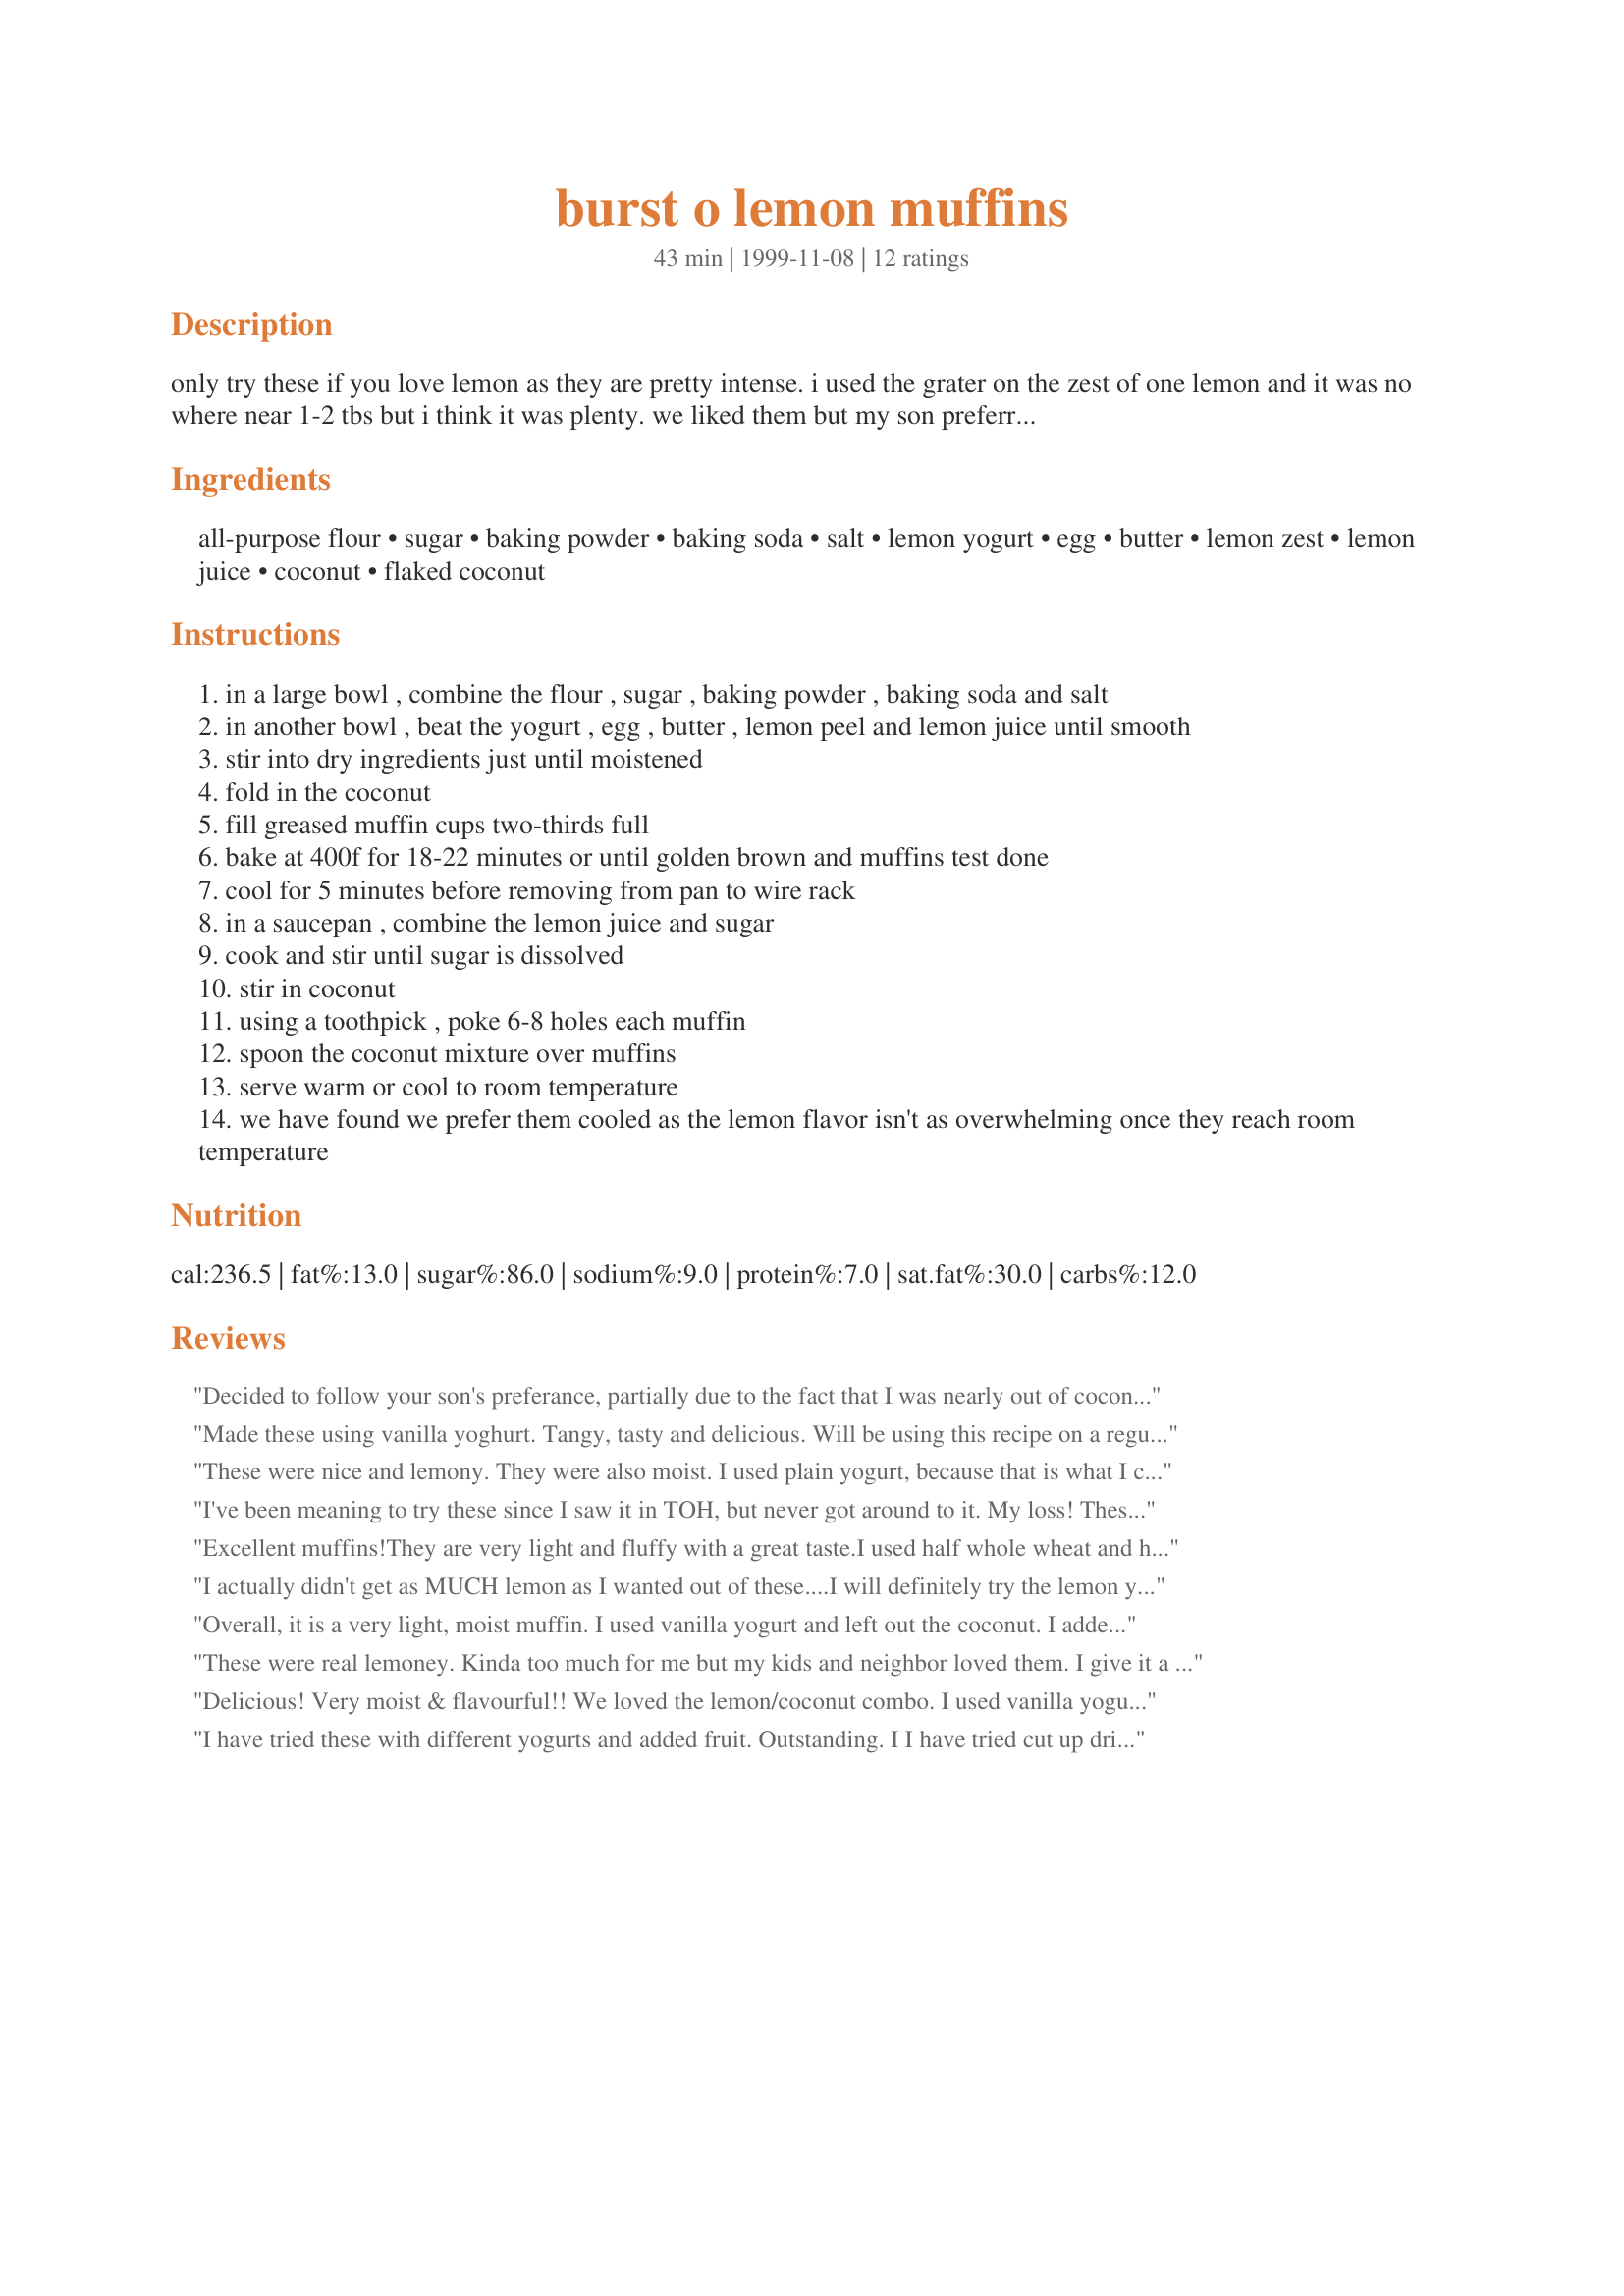
burst o lemon muffins
Preparation time: 43 minutes

only try these if you love lemon as they are pretty intense. i used the grater on the zest of one lemon and it was no where near 1-2 tbs but i think it was plenty. we liked them but my son preferred his without the glaze.
i'd like to try the glaze with confectioners sugar and try the muffins with vanilla yogurt some time.

Ingredients:
all-purpose flour, sugar, baking powder, baking soda, salt, lemon yogurt, egg, butter, lemon zest, lemon juice, coconut, flaked coconut

Steps:
in a large bowl , combine the flour , sugar , baking powder , baking soda and salt
in another bowl , beat the yogurt , egg , butter , lemon peel and lemon juice until smooth
stir into dry ingredients just until moistened
fold in the coconut
fill greased muffin cups two-thirds full
bake at 400f for 18-22 minutes or until golden brown and muffins test done
cool for 5 minutes before removing from pan to wire rack
in a saucepan , combine the lemon juice and sugar
cook and stir until sugar is dissolved
stir in coconut
using a toothpick , poke 6-8 holes each muffin
spoon the coconut mixture over muffins
serve warm or cool to room temperature
we have found we prefer them cooled as the lemon flavor isn't as overwhelming once they reach room temperature

Reviews:
Decided to follow your son's preferance, partially due to the fact that I was nearly out of coconut, and left off the glaze on these. Still turned out great and quite lemony! Followed the recipe, with a few subs- used whole wheat pastry flour for the flour and buttermilk rather than yogurt. Turned out great and moist. Lovely lemony flavor- I really enjoyed the texture of the coconut and I really felt that it absorbed the lemon flavor very well. Very tender... all around a great muffin! Thanks, Marj! :)
Made these using vanilla yoghurt. Tangy, tasty and delicious. Will be using this recipe on a regular basis.
These were nice and lemony. They were also moist. I used plain yogurt, because that is what I could get (I live in China). I also left out the coconut (again, in China). It worked fine, although I'm sure that the coconut adds extra texture and flavor mine didn't have.
I've been meaning to try these since I saw it in TOH, but never got around to it. My loss! These were very tasty and moist and my family loved the lemony flavor.
Excellent muffins!They are very light and fluffy with a great taste.I used half whole wheat and half all purpose flour.I omitted the glaze and also added 1/2 tsp vanilla,lemon and coconut extracts to the batter.Love these very much!
I actually didn't get as MUCH lemon as I wanted out of these....I will definitely try the lemon yogurt next time. They were delicious, nonetheless.
Overall, it is a very light, moist muffin. I used vanilla yogurt and left out the coconut. I added a few strawberries. I dont think I used enough lemon zest (only one tablespoon). Being a lemon lover next time I will use lemon yogurt and add a little extra lemon juice. For the topping I didn&#039;t used coconut or sugar. Instead I used some honey and lemon juice. There are a lot of different things you can add to this recipe and still come out with something delicous
These were real lemoney. Kinda too much for me but 
my kids and neighbor loved them. I give it a 4 star 
but Its a high 4 star :)
Delicious! Very moist & flavourful!! We loved the lemon/coconut combo. I used vanilla yogurt so we found the amount of lemon flavour to be perfect!!
I have tried these with different yogurts and added fruit. Outstanding. I I have tried cut up dried mango and mango yogurt, raspberries use most firm berries you can find so will not be mushy and raspberrie yogurt blackberries cut up and blackberrie yogurt. when I added fruit I omitted coconut always moist and delicious
wow these are lemony and good i made them here at the hope lodge and they didnt stay very long i didnt add lemon zest cause i didnt have itand they turned out great also be careful of the sauce i was to generous at 1st thanks for posting dee
Wow! These are really wonderful. We enjoyed the blending of the intense lemon with the toasted coconut. I used banana yogurt, it was all I had at home and I also toasted all of the coconut. Marg thank you so much for this keeper.
